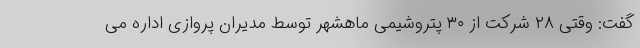
گفت: وقتی ۲۸ شرکت از ۳۰ پتروشیمی ماهشهر توسط مدیران پروازی اداره می